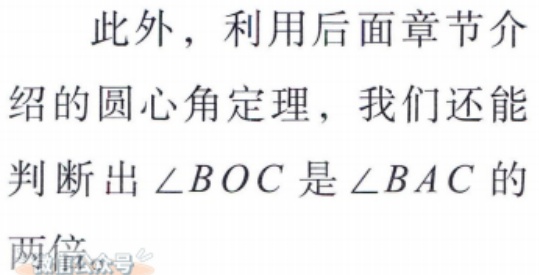
此外，利用后面章节介
绍的圆心角定理，我们还能
判断出$\angle BOC$是$\angle BAC$的
两倍。